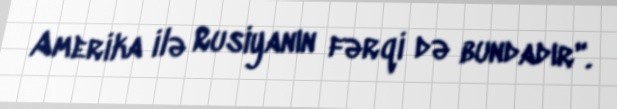
Amerika ilə Rusiyanın fərqi də bundadır".